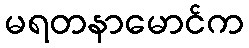
မရတနာမောင်က